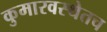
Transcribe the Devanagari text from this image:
कुमारवस्थेतच